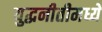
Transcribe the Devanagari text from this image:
युद्धनीतीमध्ये